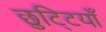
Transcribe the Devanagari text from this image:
छुटि्टयाँ